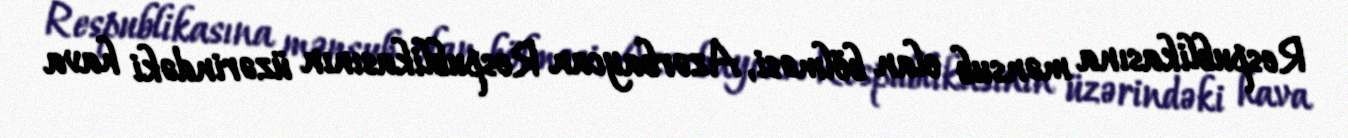
Respublikasına mənsub olan bölməsi, Azərbaycan Respublikasının üzərindəki hava